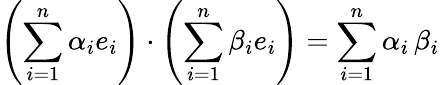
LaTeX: \left(\sum_{i=1}^{n}\alpha_{i}e_{i}\right)\cdot\left(\sum_{i=1}^{n}\beta_{i}e_{i}\right)=\sum_{i=1}^{n}\alpha_{i}\, \beta_{i}